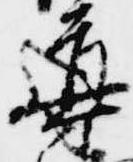
導